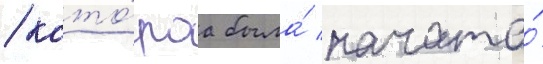
/ кото́раа была́ начата́